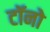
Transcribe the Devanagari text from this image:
टॉनो